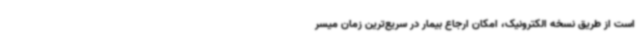
است از طریق نسخه الکترونیک، امکان ارجاع بیمار در سریع‌ترین زمان میسر